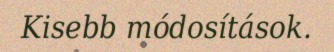
Kisebb módosítások.